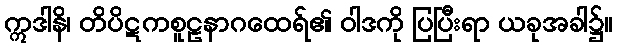
ဣဒါနိ၊ တိပိဋကစူဠနာဂထေရ်၏ ဝါဒကို ပြပြီးရာ ယခုအခါ၌။